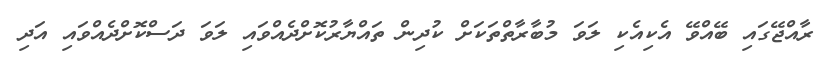
ރާއްޖޭގައި ބޭއްވޭ އެކިއެކި ލަވަ މުބާރާތްތަކަށް ކުދިން ތައްޔާރުކޮށްދެއްވައި ލަވަ ދަސްކޮށްދެއްވައި އަދި